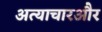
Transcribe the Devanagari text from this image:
अत्याचारऔर